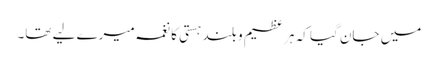
میں جان گیا کہ ہر عظیم و بلند ہستی کا نغمہ میرے لیے تھا۔